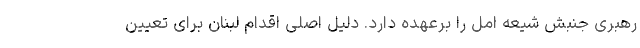
رهبری جنبش شیعه امل را برعهده دارد. دلیل اصلی اقدام لبنان برای تعیین